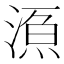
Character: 𱧱